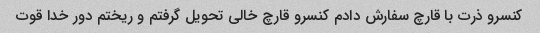
کنسرو ذرت با قارچ سفارش دادم کنسرو قارچ خالی تحویل گرفتم و ریختم دور خدا قوت